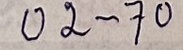
02 - 70